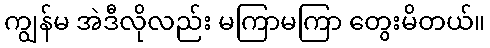
ကျွန်မ အဲဒီလိုလည်း မကြာမကြာ တွေးမိတယ်။